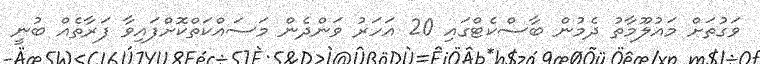
ވަގުތަށް މައުލޫމާތު ދެމުން ބާސްކެޓްގައި 20 އަހަރު ވަންދެން މަސައްކަތްކޮށްފައިވާ ފަރާތެއް ބުނީ